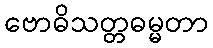
ဗောဓိသတ္တဓမ္မတာ